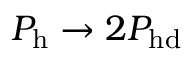
P _ { \mathrm { h } } \rightarrow 2 P _ { \mathrm { h d } }